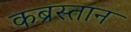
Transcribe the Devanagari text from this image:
कब्रस्‍तान